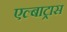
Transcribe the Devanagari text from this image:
एल्बाट्रास